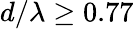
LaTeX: d/\lambda\ge 0.77